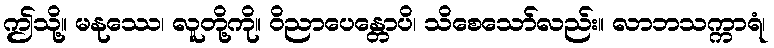
ဤသို့။ မနုဿေ၊ လူတို့ကို။ ဝိညာပေန္တောပိ၊ သိစေသော်လည်း။ လာဘသက္ကာရံ၊